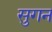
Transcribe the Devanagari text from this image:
सुगन